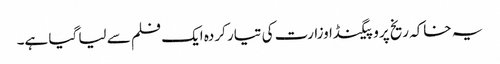
یہ خاکہ ریخ پروپیگنڈا وزارت کی تیار کردہ ایک فلم سے لیا گیا ہے۔